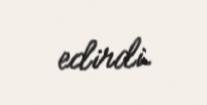
edirdi.